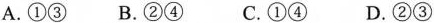
A.①③ B.②④C.①④ D.②③